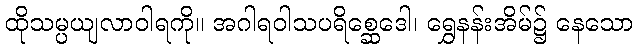
ထိုသမ္ပယျလာဝါရကို။ အဂါရဝါသပရိစ္ဆေဒေါ၊ ရွှေနန်းအိမ်၌ နေသော